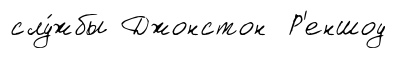
слу́жбы Джонстон Р'еншоу